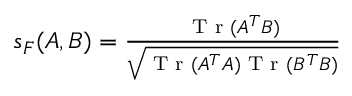
\begin{array} { r } { s _ { F } ( A , B ) = \frac { \textrm { T r } ( A ^ { T } B ) } { \sqrt { \textrm { T r } ( A ^ { T } A ) \textrm { T r } ( B ^ { T } B ) } } } \end{array}